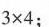
3 \times4$$ ；